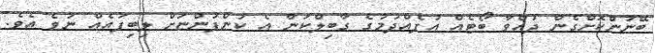
ބޭނުންކޮށްގެން ދުއްވާ ބޯޓެއް އުފެއްދުމުގެ ގާބިލްކަން އެ ކުންފުންޏަށް ލިބިފައެއް ނުވެ އެވެ.